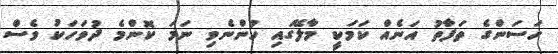
ހަސަންގެ ތަފާތު އަނެއް ކަމަކީ މާލޭގައި ހުންނެވި ނަމަ ކޮންމެ ދުވަހަކު ވެސް